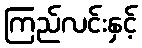
ကြည်လင်းနှင့်